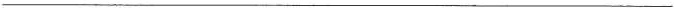
___